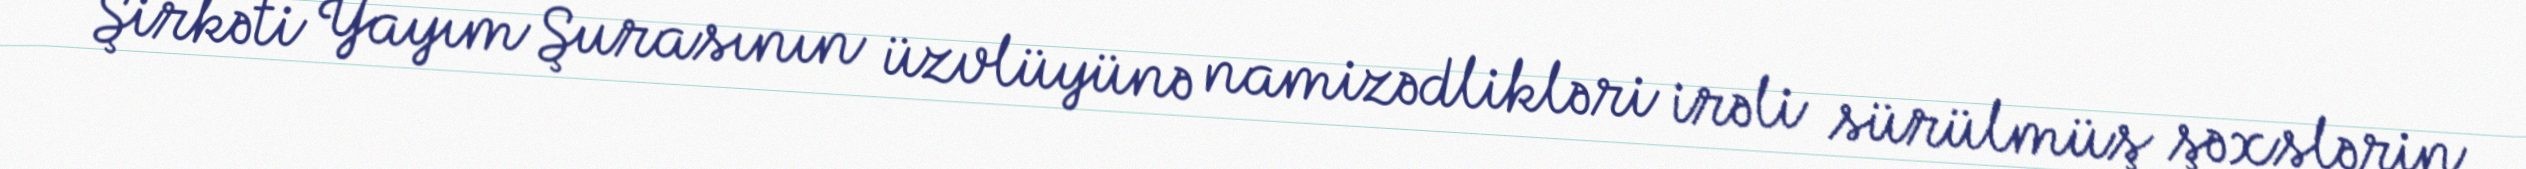
Şirkəti Yayım Şurasının üzvlüyünə namizədlikləri irəli sürülmüş şəxslərin